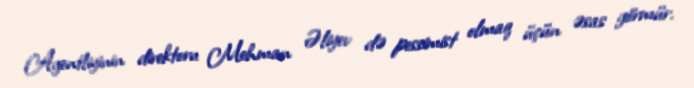
Agentliyinin direktoru Mehman Əliyev də pessimist olmaq üçün əsas görmür.